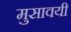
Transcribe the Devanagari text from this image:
मुसावयी